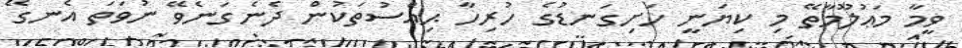
ވީމާ މަޢުލޫމާތޭ މި ކިޔަނީ ހަށިގަނޑުގެ ހުރިހާ ޙިއްސުތަކުން ދެނެގަނެވޭ ނުވަތަ އެނގޭ